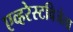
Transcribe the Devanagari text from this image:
एव्हरेस्टविजेता